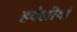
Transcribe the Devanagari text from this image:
हवेलीयां